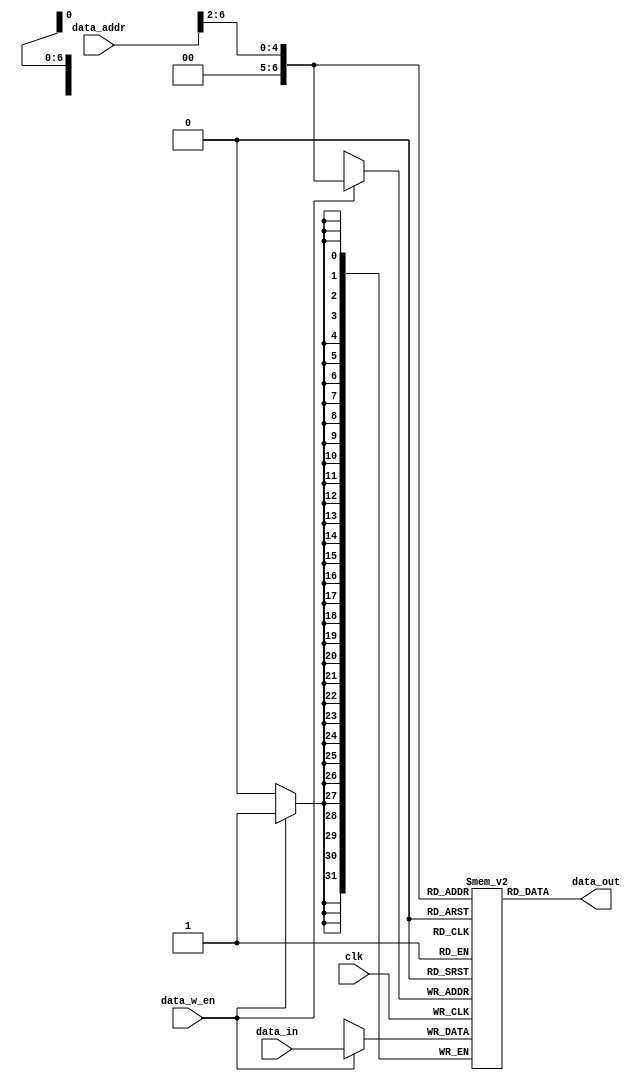
module data_ram  (
   input  wire           clk,
   input  wire           data_w_en,
   input  wire  [31:0]   data_addr,
   input  wire  [31:0]   data_in,
   output wire  [31:0]   data_out
);       

   parameter   DEPTH_NUM_BITS_WIDTH = 7 ; 
   localparam  DEPTH_NUM       = 2 ** DEPTH_NUM_BITS_WIDTH   ; 

   reg   [31:0]   data_mem [0: DEPTH_NUM-1] ; 

   always @( posedge clk ) begin 
      if ( data_w_en ) begin 
         data_mem[ data_addr[DEPTH_NUM_BITS_WIDTH-1:2] ] <= data_in ;  
      end
   end 

   assign data_out = data_mem[ data_addr[DEPTH_NUM_BITS_WIDTH-1:2] ] ; 
   
   integer i ; 
   initial begin 
      for ( i = 0 ; i < DEPTH_NUM ; i = i + 1 ) 
         data_mem[i] =  0 ; 
   end   

endmodule